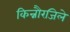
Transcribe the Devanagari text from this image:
किन्नौरजिले